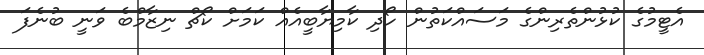
އެޓީމުގެ ކުޅުންތެރިންގެ މަސައްކަތުން ހޯދި ކާމިޔާބީއެއް ކަމަށް ކޯޗް ނިޒާމްބެ ވަނީ ބުނެފަ